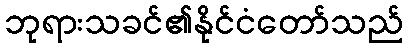
ဘုရားသခင်၏နိုင်ငံတော်သည်